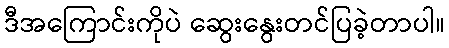
ဒီအကြောင်းကိုပဲ ဆွေးနွေးတင်ပြခဲ့တာပါ။